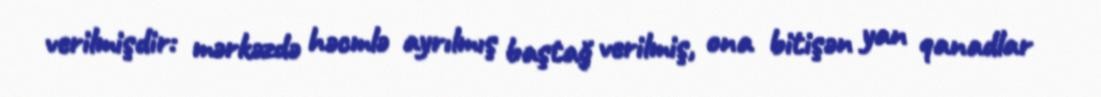
verilmişdir: mərkəzdə həcmlə ayrılmış baştağ verilmiş, ona bitişən yan qanadlar